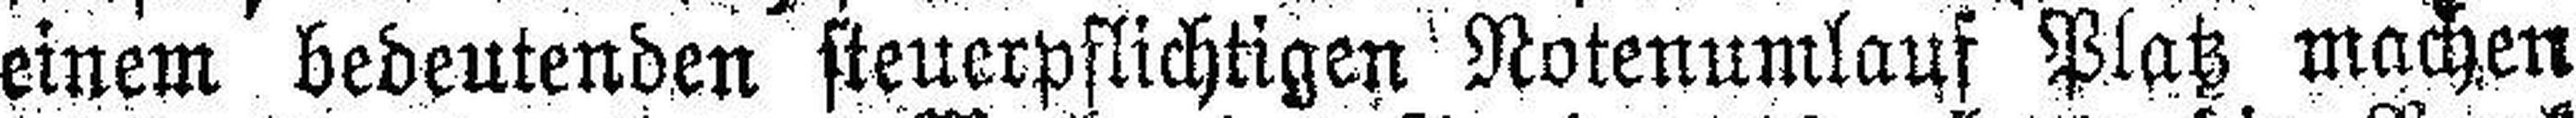
einem bedeutenden steuerpflichtigen Notenumlauf Platz machen